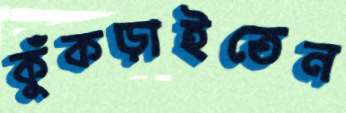
কুঁকড়াইতেন